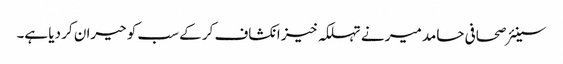
سینئر صحافی حامد میر نے تہلکہ خیز انکشاف کر کے سب کو حیران کر دیا ہے۔